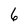
Character: 6